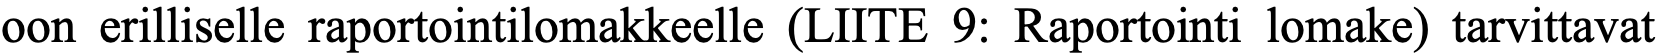
oon erilliselle raportointilomakkeelle (LIITE 9: Raportointi lomake) tarvittavat